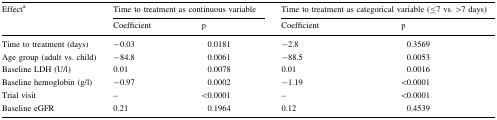
<table><thead><tr><td rowspan="2"><b>Effect<sup>a</sup></b></td><td colspan="2"><b>Time to treatment as continuous variable</b></td><td colspan="2"><b>Time to treatment as categorical variable (≤7 vs. &gt;7 days)</b></td></tr><tr><td><b>Coefficient</b></td><td><b>p</b></td><td><b>Coefficient</b></td><td><b>p</b></td></tr></thead><tbody><tr><td>Time to treatment (days)</td><td>−0.03</td><td>0.0181</td><td>−2.8</td><td>0.3569</td></tr><tr><td>Age group (adult vs. child)</td><td>−84.8</td><td>0.0061</td><td>−88.5</td><td>0.0053</td></tr><tr><td>Baseline LDH (U/l)</td><td>0.01</td><td>0.0078</td><td>0.01</td><td>0.0016</td></tr><tr><td>Baseline hemoglobin (g/l)</td><td>−0.97</td><td>0.0002</td><td>−1.19</td><td>&lt;0.0001</td></tr><tr><td>Trial visit</td><td>–</td><td>&lt;0.0001</td><td>–</td><td>&lt;0.0001</td></tr><tr><td>Baseline eGFR</td><td>0.21</td><td>0.1964</td><td>0.12</td><td>0.4539</td></tr></tbody></table>